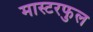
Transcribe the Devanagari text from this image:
मास्टरफुल